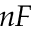
n F